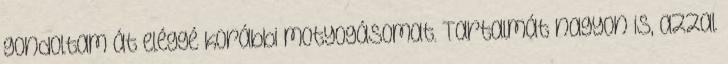
gondoltam át eléggé korábbi motyogásomat. Tartalmát nagyon is, azzal